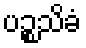
ပဉ္စသိခံ